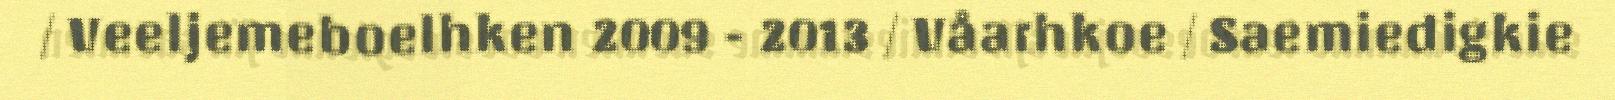
/ Veeljemeboelhken 2009 - 2013 / Våarhkoe / Saemiedigkie